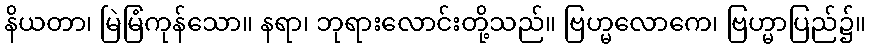
နိယတာ၊ မြဲမြံကုန်သော။ နရာ၊ ဘုရားလောင်းတို့သည်။ ဗြဟ္မလောကေ၊ ဗြဟ္မာပြည်၌။